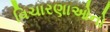
વિચારણાઓનો